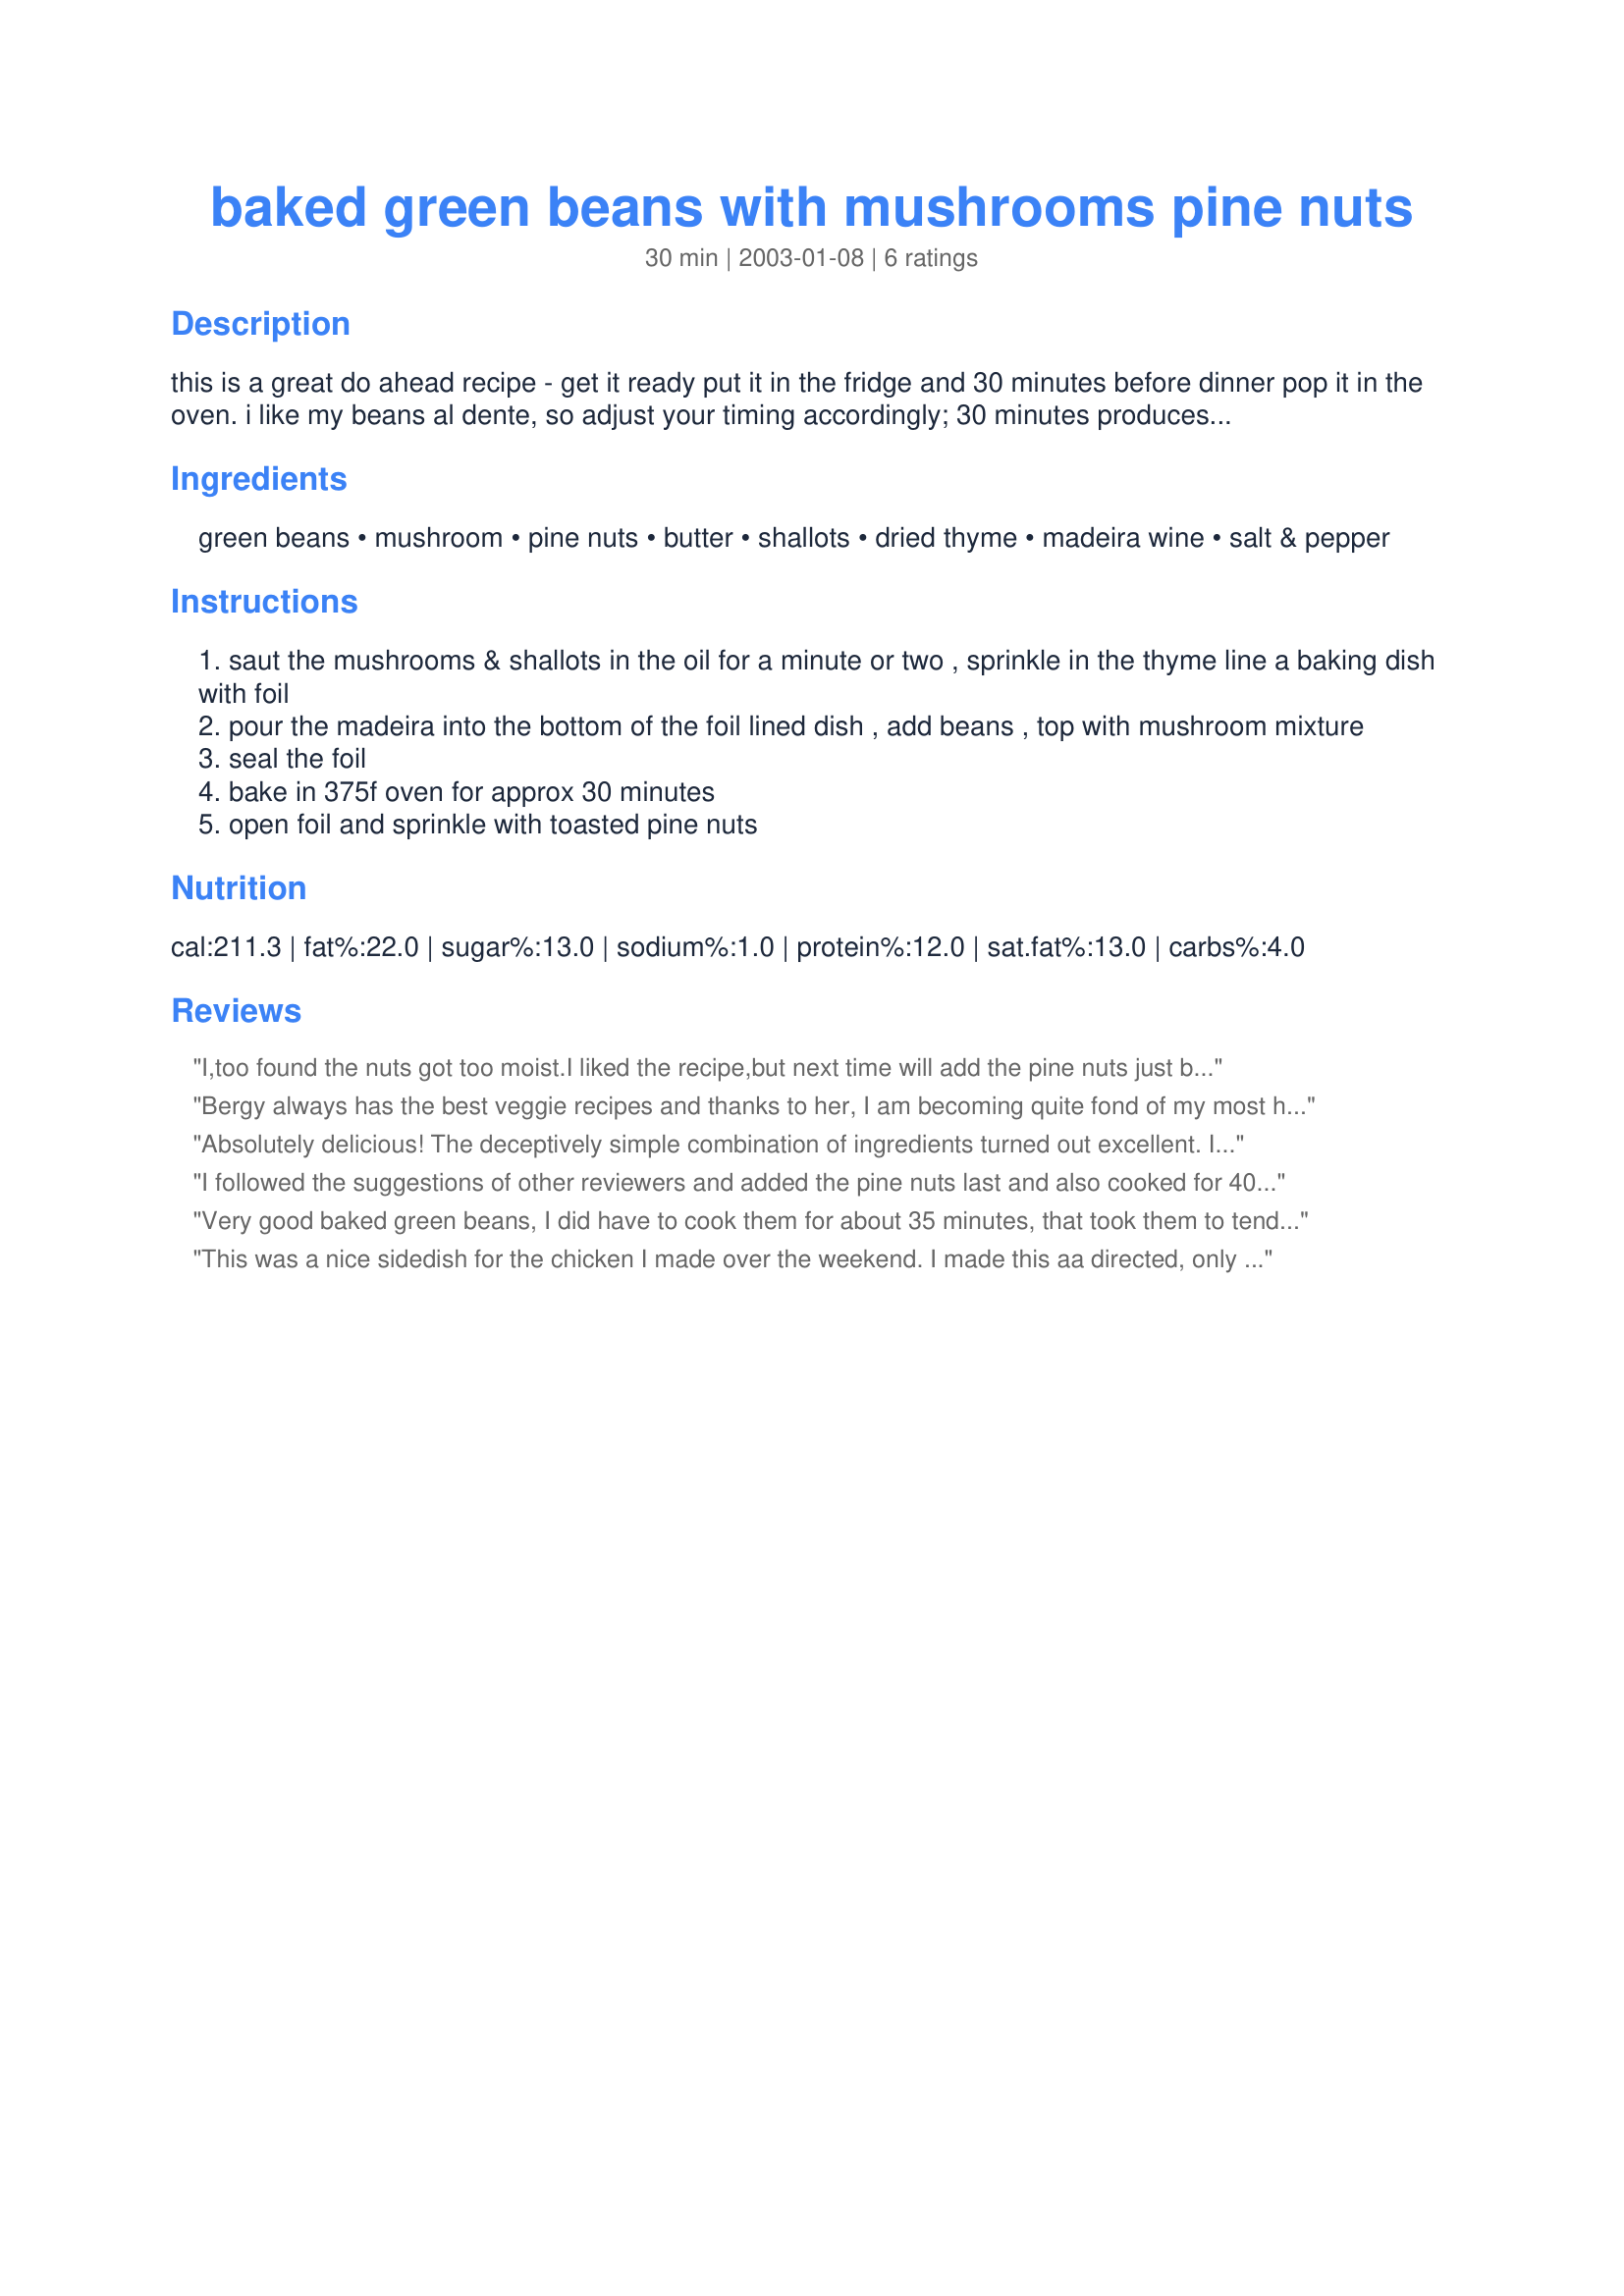
baked green beans with mushrooms pine nuts
Preparation time: 30 minutes

this is a great do ahead recipe - get it ready put it in the fridge and 30 minutes before dinner pop it in the oven. i like my beans al dente, so adjust your timing accordingly; 30 minutes produces an extra crisp bean. if you like your veggie well cooked allow up to an extra 20 minutes

Ingredients:
green beans, mushroom, pine nuts, butter, shallots, dried thyme, madeira wine, salt & pepper

Steps:
saut the mushrooms & shallots in the oil for a minute or two , sprinkle in the thyme line a baking dish with foil
pour the madeira into the bottom of the foil lined dish , add beans , top with mushroom mixture
seal the foil
bake in 375f oven for approx 30 minutes
open foil and sprinkle with toasted pine nuts

Reviews:
I,too found the nuts got too moist.I liked the recipe,but next time will add the pine nuts just before serving.
Bergy always has the best veggie recipes and thanks to her, I am becoming quite fond of my most hated food group: veggies! These beans were delicious; I did end up cooking this at 400 degrees for about 30 minutes and they tasted great, not overdone at all. Now Bergy, the can you get me to like broccoli and cauliflower??? Thanks, Bergy!
Absolutely delicious! The deceptively simple combination of ingredients turned out excellent. I had neither madeira nor medium sherry available today, so I used a Chardonnay and it turned out great. This is a gorgeous, elegant looking and very tasty side dish. 20 minutes in the oven was perfect for me.
I followed the suggestions of other reviewers and added the pine nuts last and also cooked for 40 mintues. I just didn't care for this all that much. I'm not sure if it was the flavor of the sherry I used or if it needed additional spices...can't really put my finger on it, but I don't think I will make these again.
Very good baked green beans, I did have to cook them for about 35 minutes, that took them to tender crisp. I think next time I might steam them for a few minutes before adding them to the dish. I used sherry, no maderia in. Love the pine nuts and the mushrooms and shallots were wonderful, thyme is one of my favourite herbs, it went really well with the mushrooms, nice earthy taste.
Thanks for sharing a good one.
This was a nice sidedish for the chicken I made over the weekend. I made this aa directed, only I used the suggested apple juice as the liquid. I had to cook this much longer than the suggested 20 minutes to bring them to the tender-crisp stage (approx. 35-40 minutes). I also kept the packet closed after removing them from the oven to let them do a little additional cooking. I was a little disappointed that the pine nuts became sort of water logged. Next time, I think that I'll toast the nuts and then throw them in at the end. Thank you for this nice side dish recipe!
